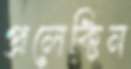
প্রলেক্টিন